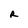
Character: R